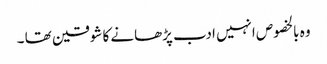
وہ بالخصوص انہیں ادب پڑھانے کا شوقین تھا ۔